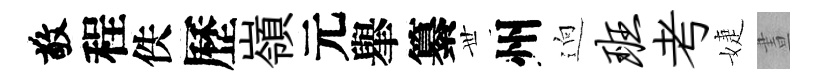
敬程佚歷嶺元𦦙纂𠀍州逈班考婕晝